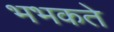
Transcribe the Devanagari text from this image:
भभकते